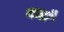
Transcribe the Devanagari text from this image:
बधाँ